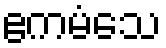
ဧကမံသေ